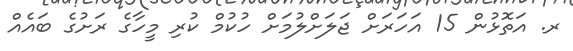
ރ. އަތޮޅުން 15 އަހަރަށް ޖަލަށްލުމަށް ހުކުމް ކުރި މީހާގެ ރަށުގެ ބައެއް